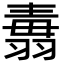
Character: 𦑢